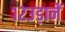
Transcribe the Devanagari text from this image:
१२उड़ानें